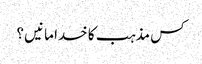
کس مذہب کا خدا مانیں ؟